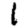
Digit: 1